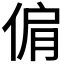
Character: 𠊘